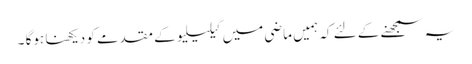
یہ سمجھنے کے لئے کہ ہمیں ماضی میں گیلیلیو کے مقدمے کو دیکھنا ہوگا ۔